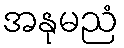
အနုမညံ